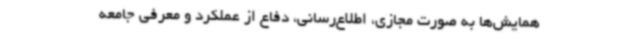
همایش‌ها به صورت مجازی، اطلاع‌رسانی، دفاع از عملکرد و معرفی جامعه